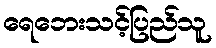
ရေဘေးသင့်ပြည်သူ